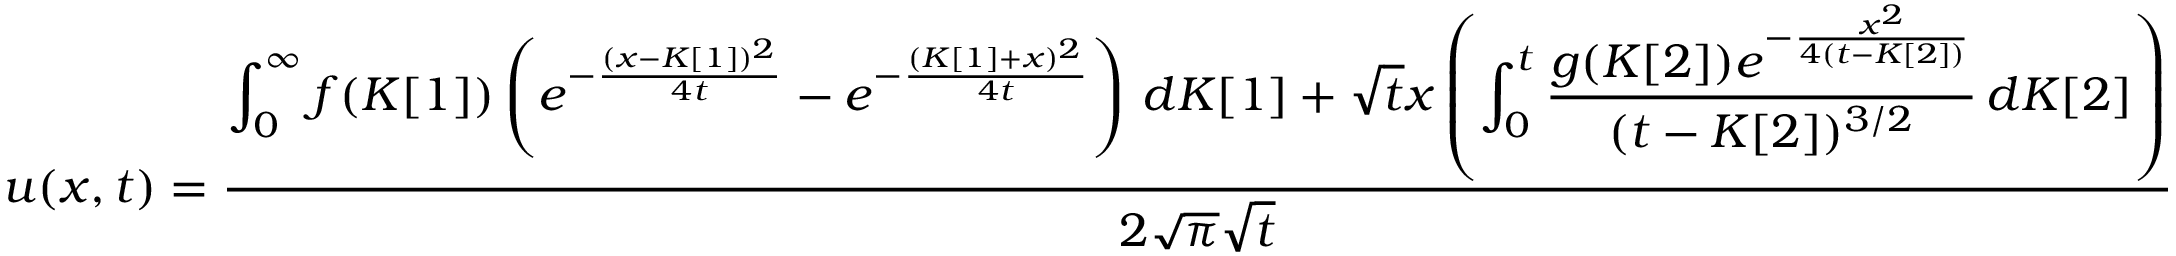
u ( x , t ) = \frac { \displaystyle \int _ { 0 } ^ { \infty } f ( K [ 1 ] ) \left( e ^ { - \frac { ( x - K [ 1 ] ) ^ { 2 } } { 4 t } } - e ^ { - \frac { ( K [ 1 ] + x ) ^ { 2 } } { 4 t } } \right) \, d K [ 1 ] + \sqrt { t } x \left( \displaystyle \int _ { 0 } ^ { t } \frac { g ( K [ 2 ] ) e ^ { - \frac { x ^ { 2 } } { 4 ( t - K [ 2 ] ) } } } { ( t - K [ 2 ] ) ^ { 3 / 2 } } \, d K [ 2 ] \right) } { 2 \sqrt { \pi } \sqrt { t } }